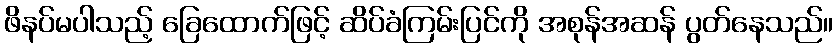
ဖိနပ်မပါသည့် ခြေထောက်ဖြင့် ဆိပ်ခံကြမ်းပြင်ကို အစုန်အဆန် ပွတ်နေသည်။